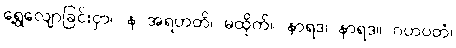
ရွေ့လျောခြင်းငှာ။ န အရဟတိ၊ မထိုက်။ နာရဒ၊ နာရဒ။ ဂဟပတံ၊